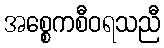
အစ္စေကစီဝရသညီ